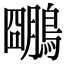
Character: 𪆌